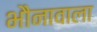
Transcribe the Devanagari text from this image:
भौनावाला